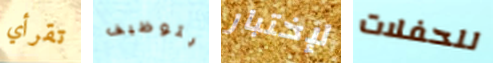
تقرأي بتوظيف لإختبار للحفلات